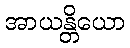
အာယန္တိယော